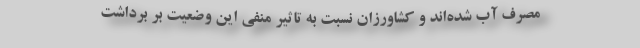
مصرف آب شده‌اند و کشاورزان نسبت به تاثیر منفی این وضعیت بر برداشت